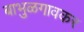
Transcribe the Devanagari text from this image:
बाभुळगावकर